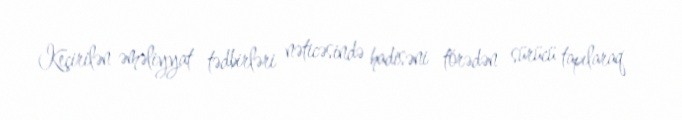
Keçirilən əməliyyat tədbirləri nəticəsində hadisəni törədən sürücü tapılaraq